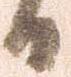
日